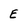
Character: E